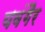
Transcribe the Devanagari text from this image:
यवंगैर